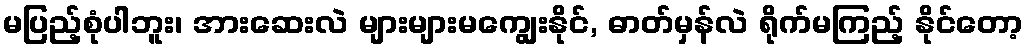
မပြည့်စုံပါဘူး၊ အားဆေးလဲ များများမကျွေးနိုင်, ဓာတ်မှန်လဲ ရိုက်မကြည့် နိုင်တော့